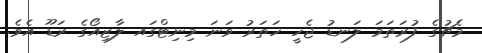
މެޗުގެ ފުރަތަމަ ލަނޑު ޖެހީ ހަތަރު ވަނަ މިނިޓްގައ ލާޒިއޯގެ ރަޑޫ އެވެ.